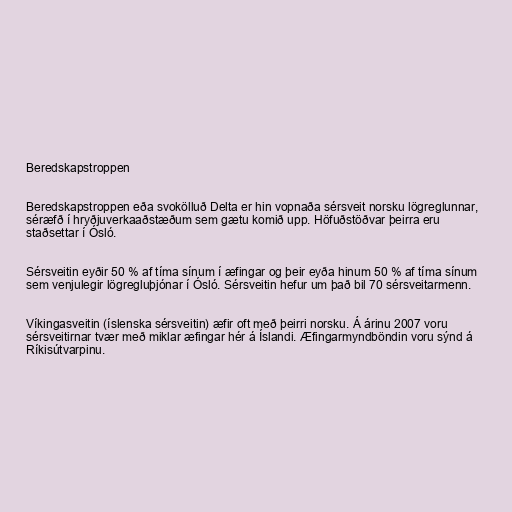
Beredskapstroppen

Beredskapstroppen eða svokölluð Delta er hin vopnaða sérsveit norsku lögreglunnar,
séræfð í hryðjuverkaaðstæðum sem gætu komið upp. Höfuðstöðvar þeirra eru
staðsettar í Ósló.

Sérsveitin eyðir 50 % af tíma sínum í æfingar og þeir eyða hinum 50 % af tíma sínum
sem venjulegir lögregluþjónar í Ósló. Sérsveitin hefur um það bil 70 sérsveitarmenn.

Víkingasveitin (íslenska sérsveitin) æfir oft með þeirri norsku. Á árinu 2007 voru
sérsveitirnar tvær með miklar æfingar hér á Íslandi. Æfingarmyndböndin voru sýnd á
Ríkisútvarpinu.